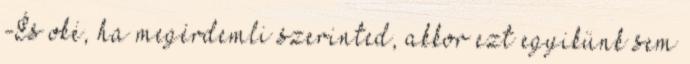
-És oké, ha megérdemli szerinted, akkor ezt egyikünk sem